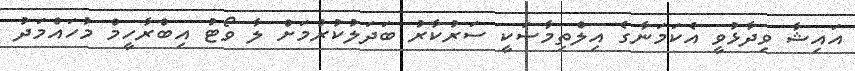
އައިޝާ ވިދާޅުވީ އެކަމަނާގެ އިލްތިމާސަކީ ސަރުކާރު ބަދަލުކުރުމަށް ލާ ވޯޓު އިބްރާހީމް މުހައްމަދު